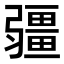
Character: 𭛌